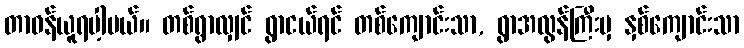
တာဝန်ယူရပါ့မယ်။ တစ်ရွာလျှင် ရွာငယ်ရင် တစ်ကျောင်းသာ, ရွာအလွန်ကြီးမှ နှစ်ကျောင်းသာ